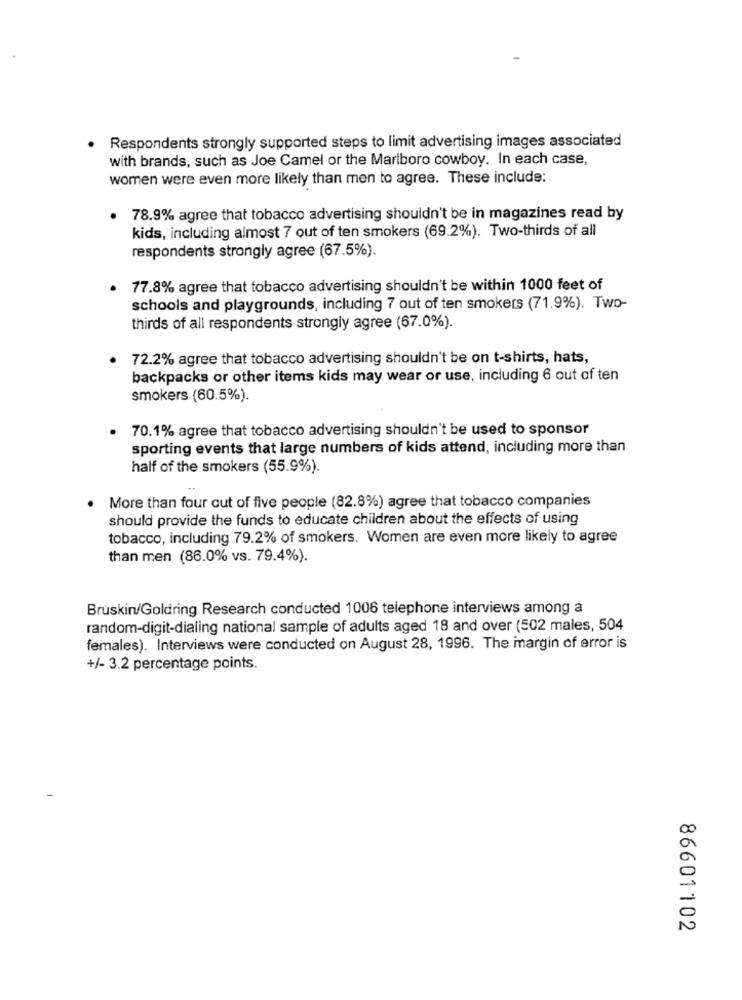
Respondents strongly supported steps to limit advertising images associated
with brands, such as Joe Camel or the Marlboro cowboy. In each case,
women were even more likely than men to agree. These include:
78.9% agree that tobacco advertising shouldn't be in magazines read by
kids, including almost 7 out of ten smokers (69.2%). Two-thirds of all
respondents strongly agree (67.5%).
77.8% agree that tobacco advertising shouldn't be within 1000 feet of
schools and playgrounds, including 7 out of ten smokers (71.9%). Two-
thirds of all respondents strongly agree (67.0%).
72.2% agree that tobacco advertising shouldn't be on t-shirts, hats,
backpacks or other items kids may wear or use, including 6 out of ten
smokers (60.5%).
70.1% agree that tobacco advertising shouldn't be used to sponsor
sporting events that large numbers of kids attend, including more than
half of the smokers (55.9%).
More than four out of five people (82.8%) agree that tobacco companies
should provide the funds to educate children about the effects of using
tobacco, including 79.2% of smokers. Women are even more likely to agree
than men (86.0% vs. 79.4%).
Bruskin/Goldring Research conducted 1006 telephone interviews among a
random-digit-dialing national sample of adults aged 18 and over (502 males, 504
females). Interviews were conducted on August 28, 1996. The margin of error is
+/- 3.2 percentage points.
86601102